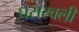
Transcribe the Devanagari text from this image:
घसरवली